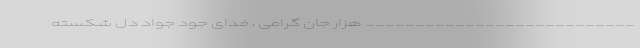
___________________________ هزار جان گرامی ، فـدای جود جواد دل شکسته